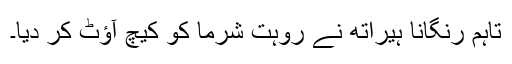
تاہم رنگانا ہیراتھ نے روہت شرما کو کیچ آؤٹ کر دیا۔